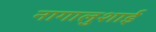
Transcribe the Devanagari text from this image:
नागालुशाई